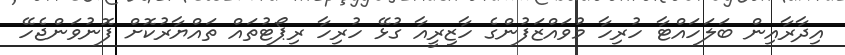
އިދާރާއިން ބަލަހައްޓާ ހުރިހާ މުވައްޒަފުންގެ ހާޒިރީއާ ގުޅޭ ހުރިހާ ރިޕޯޓުތައް ތައްޔާރުކޮށް ފޮނުވަންޖެހޭ